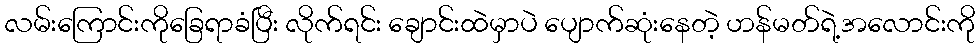
လမ်းကြောင်းကိုခြေရာခံပြီး လိုက်ရင်း ချောင်းထဲမှာပဲ ပျောက်ဆုံးနေတဲ့ ဟန်မတ်ရဲ့အလောင်းကို